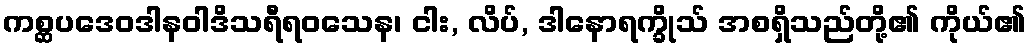
ကစ္ဆပဒေဝဒါနဝါဒိသရီရဝသေန၊ ငါး, လိပ်, ဒါနောရက္ခိုသ် အစရှိသည်တို့၏ ကိုယ်၏